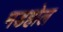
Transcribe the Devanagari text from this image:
मडहोल